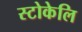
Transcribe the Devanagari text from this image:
स्टोकेलि